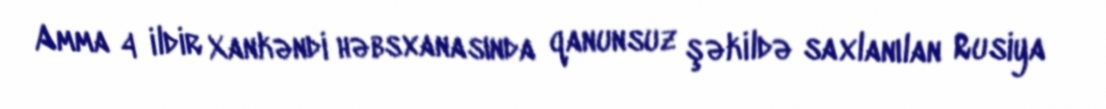
Amma 4 ildir Xankəndi həbsxanasında qanunsuz şəkildə saxlanılan Rusiya